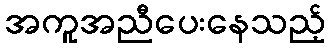
အကူအညီပေးနေသည့်